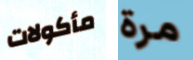
مأكولات مرة